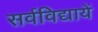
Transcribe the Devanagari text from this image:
सर्वविद्यायें